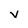
Character: v